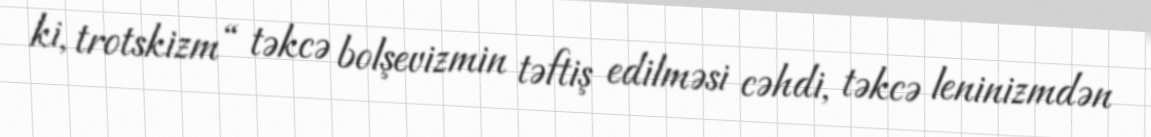
ki, trotskizm “ təkcə bolşevizmin təftiş edilməsi cəhdi, təkcə leninizmdən